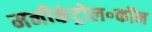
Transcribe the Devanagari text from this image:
मनीकंट्रोल॰कॉम